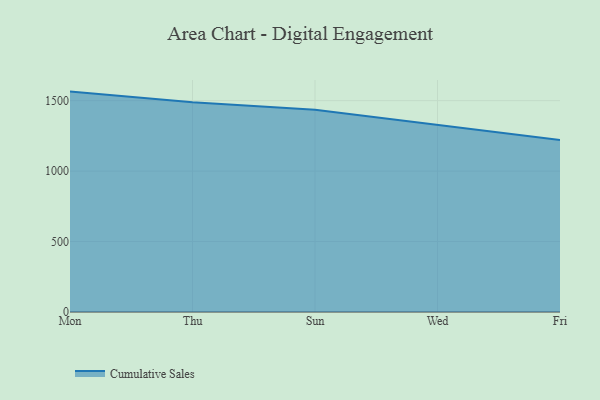
{"axis": {"x": "Day", "y": "Churn Rate (%)"}, "legend": ["Cumulative Sales"], "data": [{"x": "Mon", "y": 1564.3, "type": "Cumulative Sales"}, {"x": "Thu", "y": 1488.0, "type": "Cumulative Sales"}, {"x": "Sun", "y": 1435.0, "type": "Cumulative Sales"}, {"x": "Wed", "y": 1328.6, "type": "Cumulative Sales"}, {"x": "Fri", "y": 1220.9, "type": "Cumulative Sales"}]}